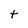
Character: t